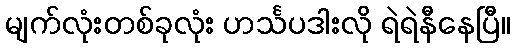
မျက်လုံးတစ်ခုလုံး ဟင်္သပဒါးလို ရဲရဲနီနေပြီ။